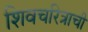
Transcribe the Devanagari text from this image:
शिवचरित्राची